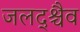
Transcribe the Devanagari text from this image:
जलद्श्चैव